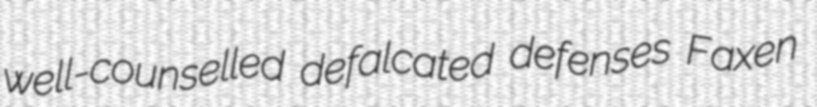
well-counselled defalcated defenses Faxen